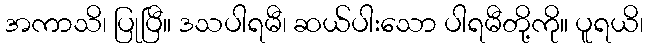
အကာသိ၊ ပြုပြီ။ ဒသပါရမီ၊ ဆယ်ပါးသော ပါရမီတို့ကို။ ပူရယိ၊